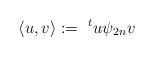
LaTeX: \begin{align*}\langle u, v \rangle := \,\, ^{t}u \psi_{2n}v\end{align*}